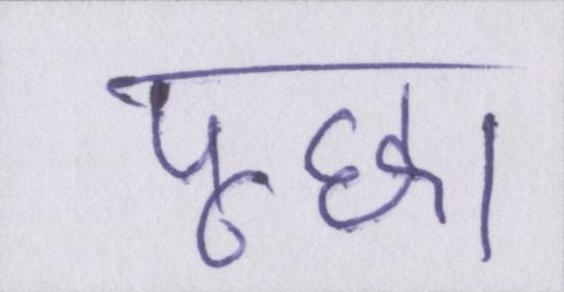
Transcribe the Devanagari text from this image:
पूछा